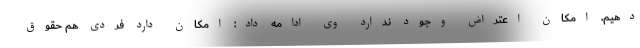
دهیم. امکان اعتراض وجود ندارد وی ادامه داد: امکان دارد فردی هم حقوق